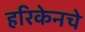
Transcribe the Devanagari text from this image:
हरिकेनचे